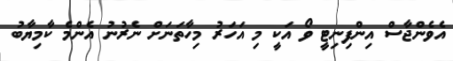
އެވެންޖާސް އިންފިނިޓީ ވޯ އަކީ މި އަހަރު މިހާތަނަށް ނެރުނު އެންމެ ކާމިޔާބު